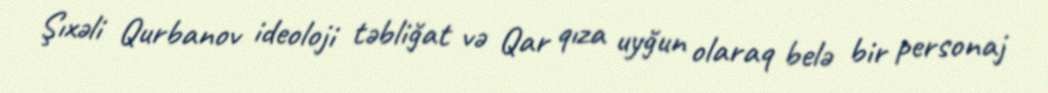
Şıxəli Qurbanov ideoloji təbliğat və Qar qıza uyğun olaraq belə bir personaj